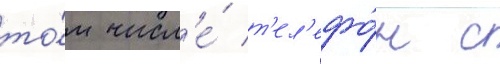
то́м числ'е́ т'ел'ефо́н с